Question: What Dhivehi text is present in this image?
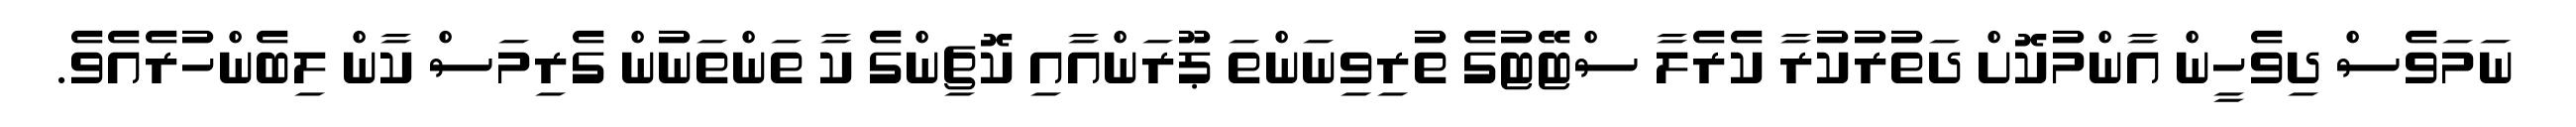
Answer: ނަމަވެސް ދިވެހީން އާންމުކޮށް ދަތުރުކުރާ ކެރެލާ ސްޓޭޓުގެ ތުރިވިނަންތަ ޕޫރަންއާއި ކޮޗިންގެ ކާ ތަންތަނުން ގެރިމަސް ކާން ލިބެންހުރެއެވެ.